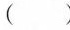
( )